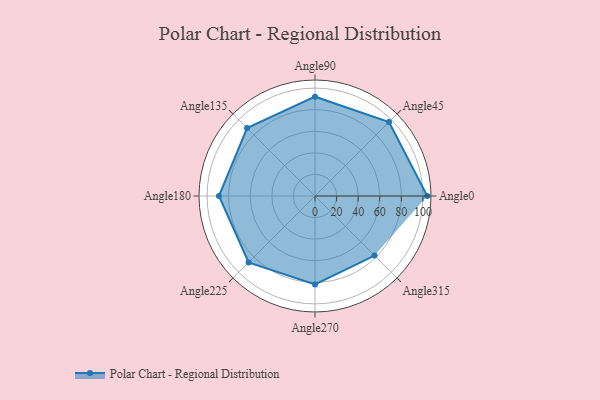
{"axis": {"x": "Angle", "y": "Radius"}, "legend": [""], "data": [{"x": "Angle0", "y": 104.0, "type": ""}, {"x": "Angle45", "y": 97.0, "type": ""}, {"x": "Angle90", "y": 92.0, "type": ""}, {"x": "Angle135", "y": 89.0, "type": ""}, {"x": "Angle180", "y": 89.0, "type": ""}, {"x": "Angle225", "y": 87.0, "type": ""}, {"x": "Angle270", "y": 82.0, "type": ""}, {"x": "Angle315", "y": 78.0, "type": ""}]}